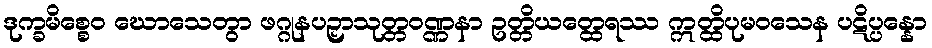
ဒုက္ခမိစ္စေဝ ဃောသေတွာ ဖဂ္ဂုနပဉှာသုတ္တဝဏ္ဏနာ ဥတ္တိယတ္ထေရဿ ဣတ္ထိပုမဝသေန ပဋိပ္ပန္နော